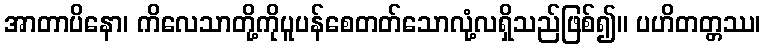
အာတာပိနော၊ ကိလေသာတို့ကိုပူပန်စေတတ်သောလုံ့လရှိသည်ဖြစ်၍။ ပဟိတတ္တဿ၊